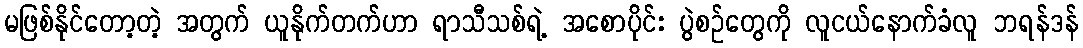
မဖြစ်နိုင်တော့တဲ့ အတွက် ယူနိုက်တက်ဟာ ရာသီသစ်ရဲ့ အစောပိုင်း ပွဲစဉ်တွေကို လူငယ်နောက်ခံလူ ဘရန်ဒန်